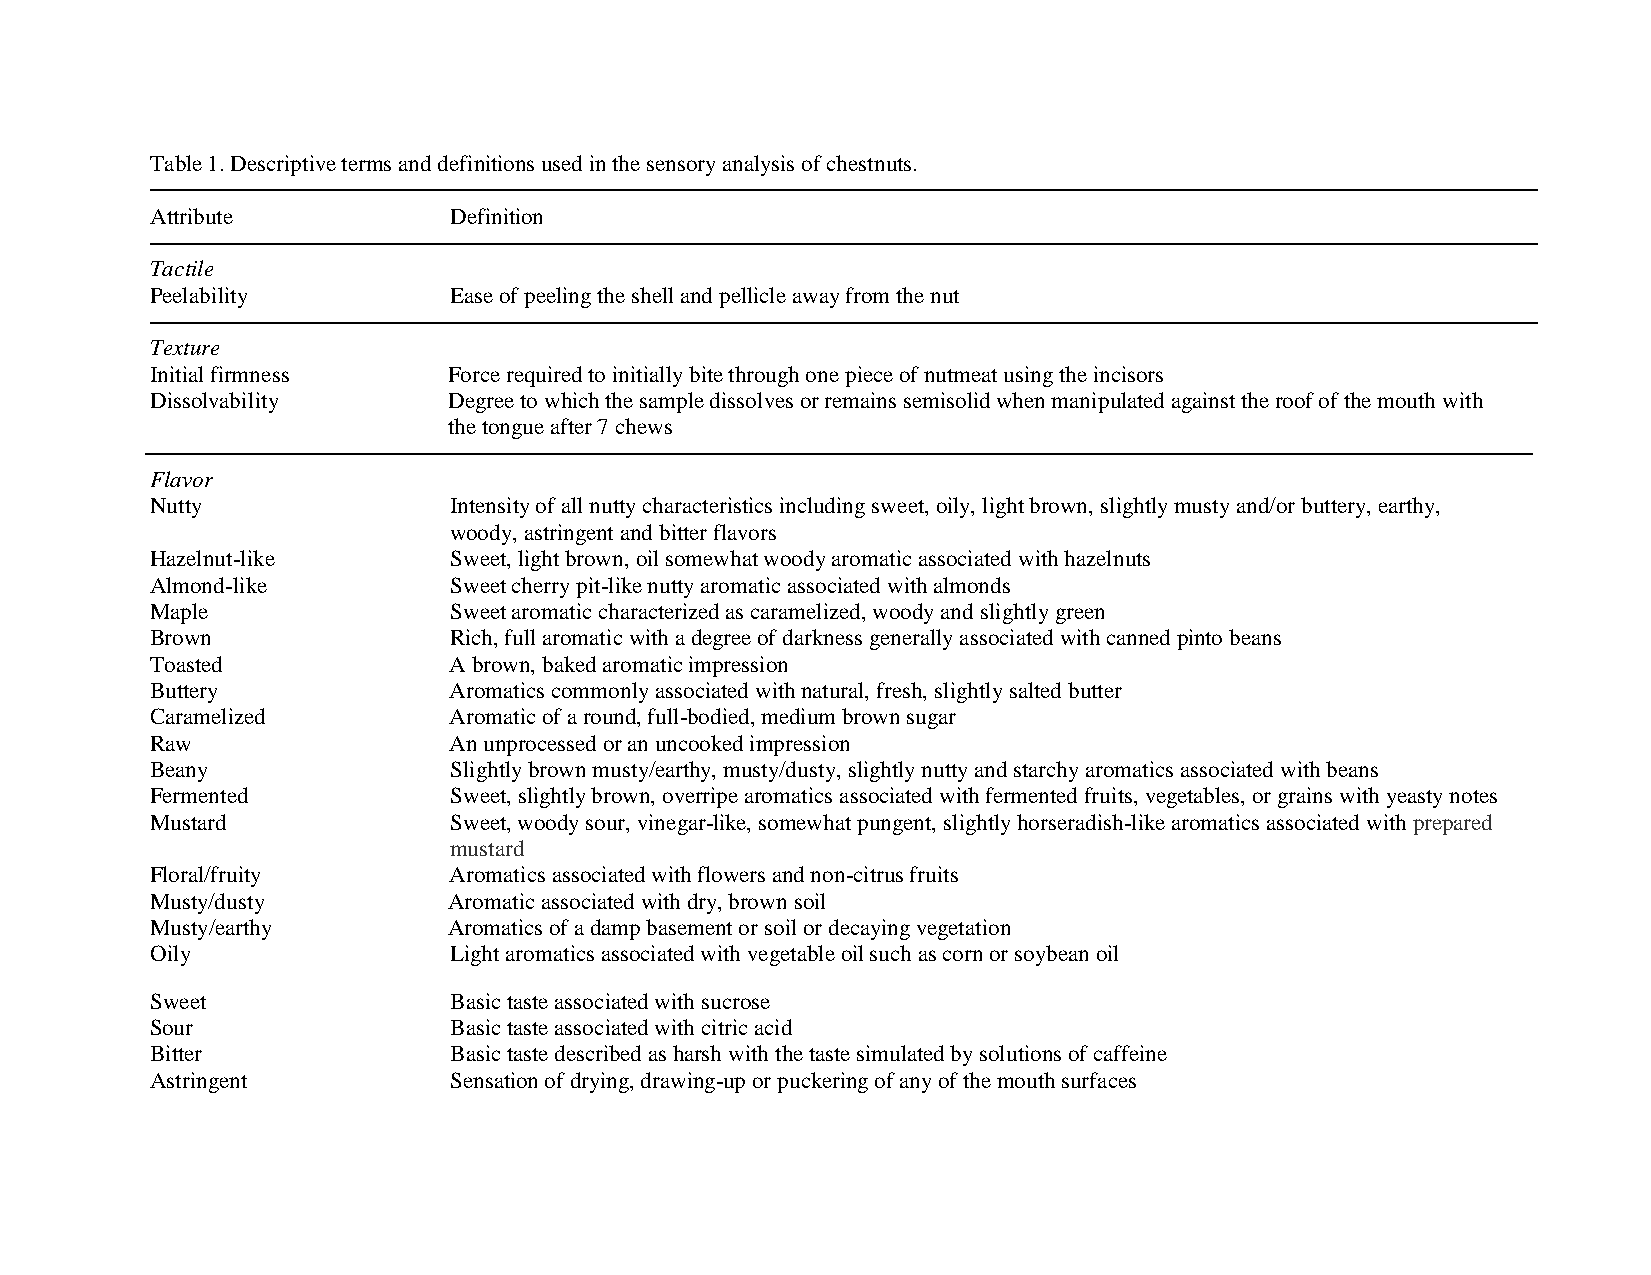
Table 1. Descriptive terms and definitions used in the sensory analysis of chestnuts.
 Attribute           Definition
 Tactile
 Peelability         Ease of peeling the shell and pellicle away from the nut
 Texture
 Initial firmness    Force required to initially bite through one piece of nutmeat using the incisors
 Dissolvability      Degree to which the sample dissolves or remains semisolid when manipulated against the roof of the mouth with
 the tongue after 7 chews
 Flavor
 Nutty               Intensity of all nutty characteristics including sweet, oily, light brown, slightly musty and/or buttery, earthy,
 woody, astringent and bitter flavors
 Hazelnut-like       Sweet, light brown, oil somewhat woody aromatic associated with hazelnuts
 Almond-like         Sweet cherry pit-like nutty aromatic associated with almonds
 Maple               Sweet aromatic characterized as caramelized, woody and slightly green
 Brown               Rich, full aromatic with a degree of darkness generally associated with canned pinto beans
 Toasted             A brown, baked aromatic impression
 Buttery             Aromatics commonly associated with natural, fresh, slightly salted butter
 Caramelized         Aromatic of a round, full-bodied, medium brown sugar
 Raw                 An unprocessed or an uncooked impression
 Beany               Slightly brown musty/earthy, musty/dusty, slightly nutty and starchy aromatics associated with beans
 Fermented           Sweet, slightly brown, overripe aromatics associated with fermented fruits, vegetables, or grains with yeasty notes
 Mustard             Sweet, woody sour, vinegar-like, somewhat pungent, slightly horseradish-like aromatics associated with prepared
 mustard
 Floral/fruity       Aromatics associated with flowers and non-citrus fruits
 Musty/dusty         Aromatic associated with dry, brown soil
 Musty/earthy        Aromatics of a damp basement or soil or decaying vegetation
 Oily                Light aromatics associated with vegetable oil such as corn or soybean oil
 Sweet               Basic taste associated with sucrose
 Sour                Basic taste associated with citric acid
 Bitter              Basic taste described as harsh with the taste simulated by solutions of caffeine
 Astringent          Sensation of drying, drawing-up or puckering of any of the mouth surfaces